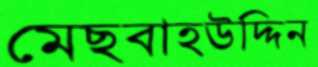
মেছবাহউদ্দিন